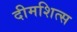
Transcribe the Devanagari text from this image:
दीमशित्स